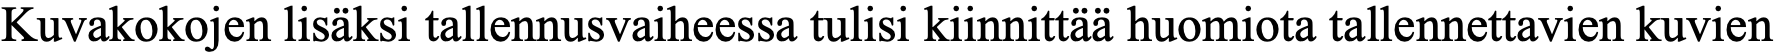
Kuvakokojen lisäksi tallennusvaiheessa tulisi kiinnittää huomiota tallennettavien kuvien